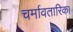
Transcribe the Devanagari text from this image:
चर्मावतारिका